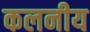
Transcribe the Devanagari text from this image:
कलनीय